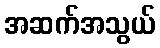
အဆက်အသွယ်